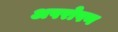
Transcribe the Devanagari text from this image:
अपरोपण